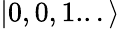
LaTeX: |0,0,1...\rangle